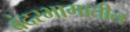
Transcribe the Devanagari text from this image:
बंदरभागातील